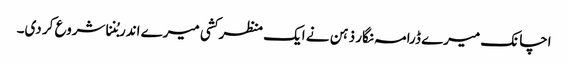
اچانک میرے ڈرامہ نگار ذہن نے ایک منظر کشی میرے اندر بُننا شروع کر دی۔